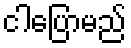
ငါပြောမည်